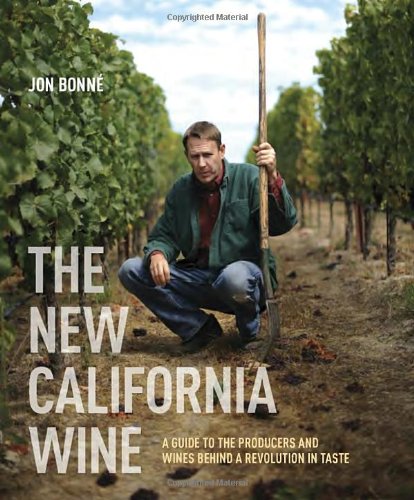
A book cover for The New California Wine: A Guide to the Producers and Wines Behind a Revolution in Taste; Jon Bonne; Cookbooks, Food & Wine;